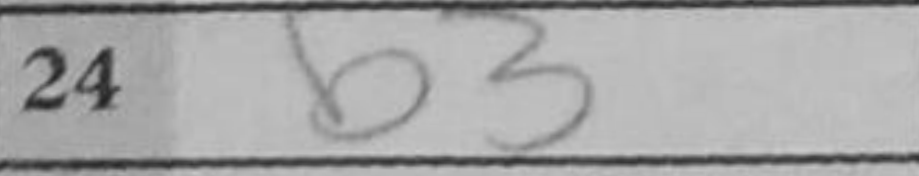
Transcription: b3